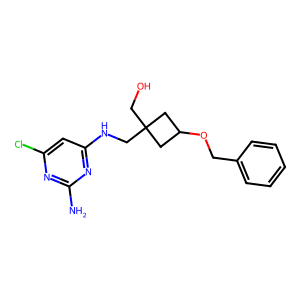
SMILES: Nc1nc(Cl)cc(NCC2(CO)CC(OCc3ccccc3)C2)n1
Inhibits HIV replication: No